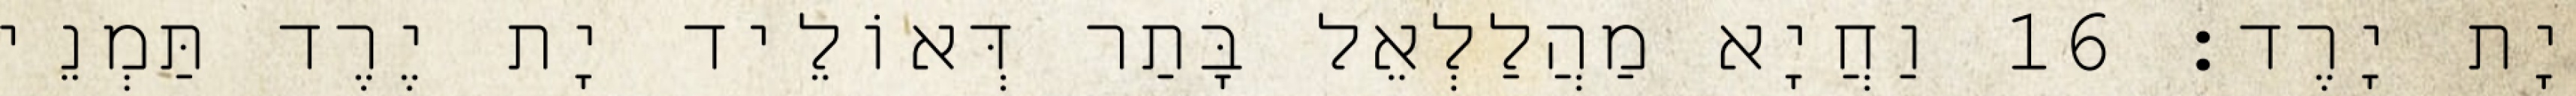
יָת יָרֶד׃ 16 וַחֲיָא מַהֲלַלְאֵל בָּתַר דְּאוֹלֵיד יָת יֶרֶד תַּמְנֵי